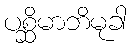
ပစ္ဆိမာဘိမုခါ